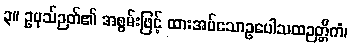
၃။ ဥပုသ်ဉတ်၏ အစွမ်းဖြင့် ထားအပ်သောဥပေါသထဉတ္တိကံ၊